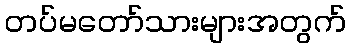
တပ်မတော်သားများအတွက်